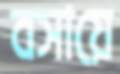
বসায়ে